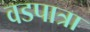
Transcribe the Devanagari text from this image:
वडपात्रा